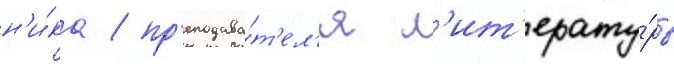
н'и́ка / пр'еподава́т'ел'я л'ит'ерату́ры